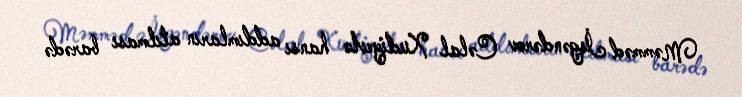
Məmməd İsgəndərov Cəlal Xudiyevlə hansı addımların atılması barədə